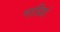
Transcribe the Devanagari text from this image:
नाप्रियं